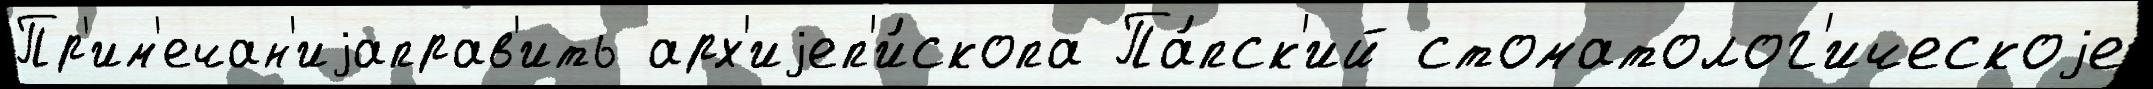
Пр'им'ечан'иjаправ'ить арх'иjеп'и́скопа Па́пск'ий стоматолог'ическоjе